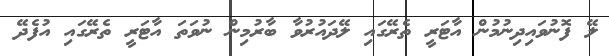
ލޭ ފޮނުވައިދިނުމުން އާޓަރީ ތެރޭގައި ލޭދައުރުވާ ބާރުމިން ނުވަތަ އާޓަރީ ތެރޭގައި އުފެދޭ